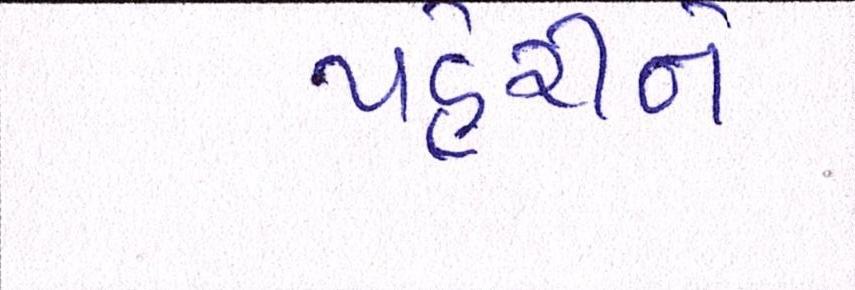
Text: પહેરીને